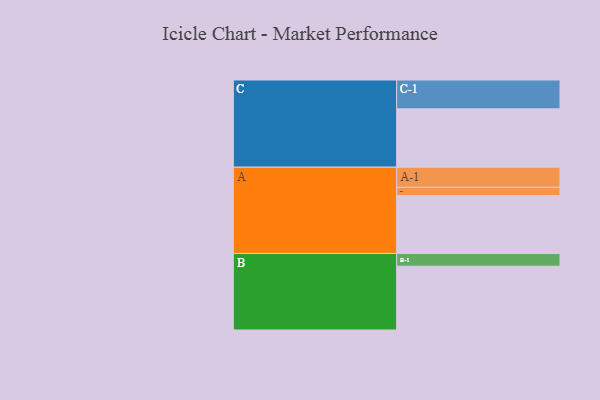
{"axis": {"x": "Segment", "y": "Value"}, "legend": ["", "A", "B", "C"], "data": [{"x": "A", "y": 542, "type": ""}, {"x": "B", "y": 597, "type": ""}, {"x": "C", "y": 546, "type": ""}, {"x": "A-1", "y": 188, "type": "A"}, {"x": "A-2", "y": 77, "type": "A"}, {"x": "B-1", "y": 119, "type": "B"}, {"x": "C-1", "y": 270, "type": "C"}]}